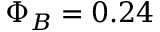
\Phi _ { B } = 0 . 2 4